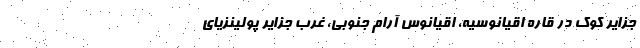
جزایر کوک در قارهٔ اقیانوسیه، اقیانوس آرام جنوبی، غرب جزایر پولینزیای